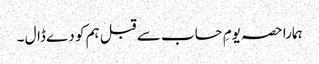
ہمارا حصہ یومِ حساب سے قبل ہم کو دے ڈال ۔